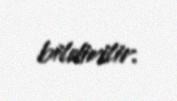
bildirilir.